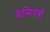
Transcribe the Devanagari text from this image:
फेन्सिंगची